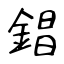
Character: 錩